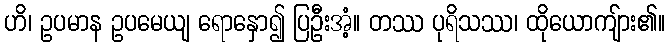
ဟိ၊ ဥပမာန ဥပမေယျ ရောနှော၍ ပြဦးအံ့။ တဿ ပုရိသဿ၊ ထိုယောကျ်ား၏။